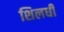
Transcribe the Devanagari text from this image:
शिलधी